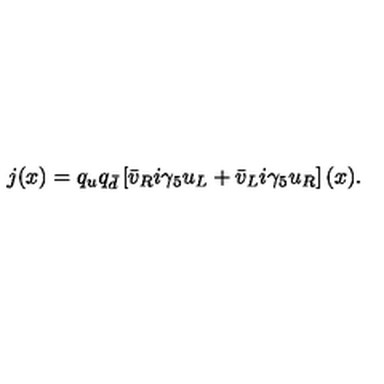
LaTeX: j ( x ) = q _ { u } q _ { \bar { d } } \left[ \bar { v } _ { R } i \gamma _ { 5 } u _ { L } + \bar { v } _ { L } i \gamma _ { 5 } u _ { R } \right] ( x ) .